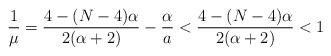
LaTeX: \begin{align*} \frac {1} {\mu }= \frac {4- (N-4) \alpha } {2(\alpha +2)} - \frac {\alpha } {a} < \frac {4- (N-4) \alpha } {2(\alpha +2)}<1\end{align*}